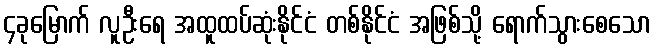
၄ခုမြောက် လူဦးရေ အထူထပ်ဆုံးနိုင်ငံ တစ်နိုင်ငံ အဖြစ်သို့ ရောက်သွားစေသော